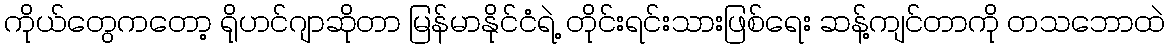
ကိုယ်တွေကတော့ ရိုဟင်ဂျာဆိုတာ မြန်မာနိုင်ငံရဲ့ တိုင်းရင်းသားဖြစ်ရေး ဆန့်ကျင်တာကို တသဘောထဲ